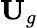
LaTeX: \mathbf{U}_{g}